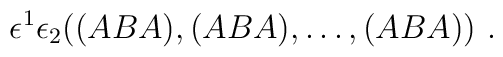
\epsilon^1 \epsilon_2( (ABA),(ABA), \dots, (ABA)) \ .